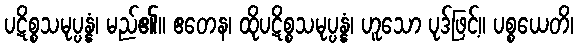
ပဋိစ္စသမုပ္ပန္နံ၊ မည်၏။ ဧတေန၊ ထိုပဋိစ္စသမုပ္ပန္နံ၊ ဟူသော ပုဒ်ဖြင့်။ ပစ္စယေတိ၊